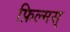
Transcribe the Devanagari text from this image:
फ़िल्मस्